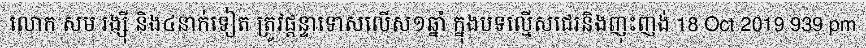
លោក សម រង្ស៊ី និង៤នាក់ទៀត ត្រូវផ្តន្ទាទោសលើស១ឆ្នាំ ក្នុងបទល្មើសជេរនិងញុះញង់ 18 Oct 2019 939 pm